King Institute of Preventive Medicine Micro-Biological Section reports 1912-19
Year: 1912
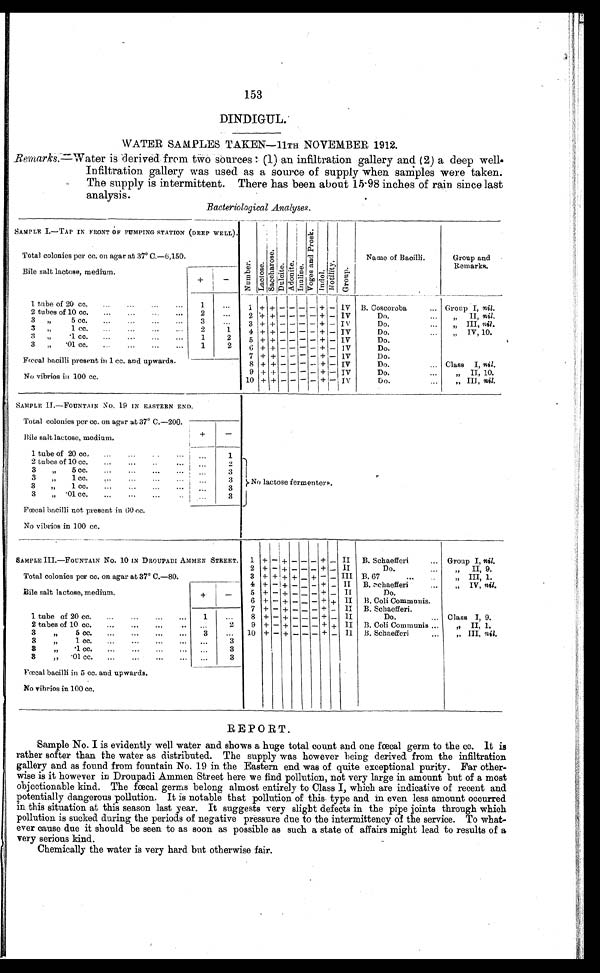
153
DINDIGUL.
WATER SAMPLES TAKEN—11TH NOVEMBER 1912.
Remarks.—Water is derived from two sources (1) an infiltration gallery and. (2) a deep we
ll. Infiltration gallery was used as a source of supply when samples were taken.
The supply is intermittent. There has been about 15-98 inches of rain since last
analysis.
Bacteriological Analyses.
SAMPLE 1.—TAP IN FRONT OF PUMPING STATION (DEEP WELL).
Number .
L a c t o s e .
S a c c h a r o s e .
D u l c i t e .
A d o n i t e .
I nul i ne.
V o g e s a n d P r o s k .
Indol.
Mo t i l i t y G r o u p
Name of Bacilli.
Group and
Remarks.
Total colonies per cc. on agar at 37° C.—6,150.
Bile salt lactose, medium.
+
-
1. tube of 20 cc.
...
...
. . .
1
. . .
1
+
+
- - -
- +
- IV B. Coscoroba
. . . Group I, nil.
2 tubes of 10 cc.
. . .
. . .
. . .
. . .
2
. . . 2 + + - - - - + - IV
Do.
. . .
„ II, nil.
3
„
5 cc.
...
. . .
. . .
. . .
. . .
3
. . .
3 + + - - - - + - IV
Do.
... „ nil.
3
„
1 cc.
. . .
. . .
. . .
...
2 1
4 + + - - - - + - IV
Do.
. . .
„ IV, 10.
3
„
.1 cc.
... ... ... ...
1
2
5 + + - - - - + - IV
Do.
3
„
.01 cc.
. . .
. . .
. . .
. . .
1
2
6 + + - - - - + - IV
Do.
Fœcal bacilli present in 5 cc. and upwards.
7 + + - - - - + - IV
Do.
8 + + - - - - + - I V
Do.
... Class I, nil.
9 + + - - - - + - IV
Do.
„ II, 10.
No vibrios in 100 cc.
10 + + - - - - + - IV
Do.
. . .
„ III, nil.
SAMPLE II.—FOUNTAIN NO. 19 IN EASTERN END.
No lactose fermenters.
Total colonies per cc. on agar at 37° C.—200.
Bile salt lactose, medium.
+
-
1 tube of 20 cc.
...
...
..
...
. . .
1
2 tubes of 10 cc.
...
...
...
...
. . .
2
3
„
5 cc.
...
...
... ...
. . .
3
3
„
1 cc.
....
...
...
...
. . .
3
3
„
1 cc.
...
...
...
...
. . .
3
3
„
.01 cc.
...
...
...
. . . 3
Fœcal bacilli not present in 60 cc.
No vibrios in 100 cc.
SAMPLE III.—FOUNTAIN No. 10 IN DROUPADI AMMEN STREET.
1 +
- +
- - - + - II B. Schaefferi
... Group I, nil.
Total colonies per cc, on agar at 37° C.—80.
2 +
- + - - - + _ II
Do.
. . .
„ II, 9.
3 + + + + - + - - III B. 67...
..
„ III, 1.
Bile salt lactose, medium.
+
-
4 + - +. - - - + - II B. Schaefferi ...
„ I V ,
n i l .
5 + - + - - - + - II
Do.
6 + - + - - - + + II B. Coli Communis..
1 tube of 20 cc.
...
...
. . . 1
. . .
7 + - + - - - + - II B. Schaefferi.
8 + - + - - - + - II
Do.
. . . Class I, 9.
2 tubes of 10 cc.
...
...
...
. . .
. . .
2
9 + - + - - - + + II B. Coli Communis ... „ II, 1.
3
„
5 cc.
...
...
. . .
. . . 3
. . .
10 + - + - - - + - II B. Schaefferi
...
„ III, nil.
3
„
1 cc.
...
...
. . .
. . .
. . .
3
3
„
.1 cc.
...
...
. . .
...
. . .
3
3 „ .01 cc.
...
...
...
. . . . . .
3
Fœcal bacilli in 5 cc. and upwards.
No vibrios in 100 cc.
REPORT.
Sample No. I is evidently well water and shows a huge total count and one fœcal germ to the cc. It is
rather softer than the water as distributed. The supply was however being derived from the infiltration
gallery and as found from fountain No. 19 in the Eastern end was of quite exceptional purity. Far other-
wise is it however in Droupadi Ammen Street here we find pollution, not very large in amount but of a most
objectionable kind. The fœcal germs belong almost entirely to Class I, which are indicative of recent and
potentially dangerous pollution. It is notable that pollution of this type and in even less amount occurred
in this situation at this season last year. It suggests very slight defects in the pipe joints through which
pollution is sucked during the periods of negative pressure due to the intermittency of the service. To what-
ever cause due it should be seen to as soon as possible as such a state of affairs might lead to results of a
very serious kind.
Chemically the water is very hard but otherwise fair.